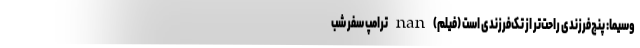
وسیما: پنج‌فرزندی راحت‌تر از تک‌فرزندی است (فیلم) nan ترامپ سفر شب